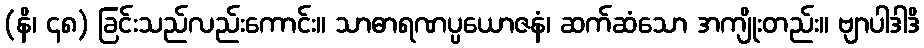
(နိ၊ ၄၈) ခြင်းသည်လည်းကောင်း။ သာဓာရဏပ္ပယောဇနံ၊ ဆက်ဆံသော အကျိုးတည်း။ ဗျာပါဒါဒိ